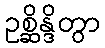
ဥစ္ဆိန္ဒိတွာ